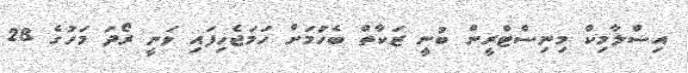
އިސްލާމިކް މިނިސްޓްރީން ބުނީ ޒަކާތް ބެހުމަށް ހަމަޖެހިފައި ވަނީ ރޯދަ މަހުގެ 28